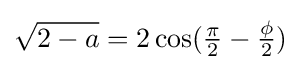
{\sqrt {2-a}}=2\cos({\tfrac {\pi }{2}}-{\tfrac {\phi }{2}})